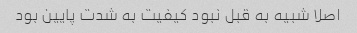
اصلا شبیه به قبل نبود کیفیت به شدت پایین بود